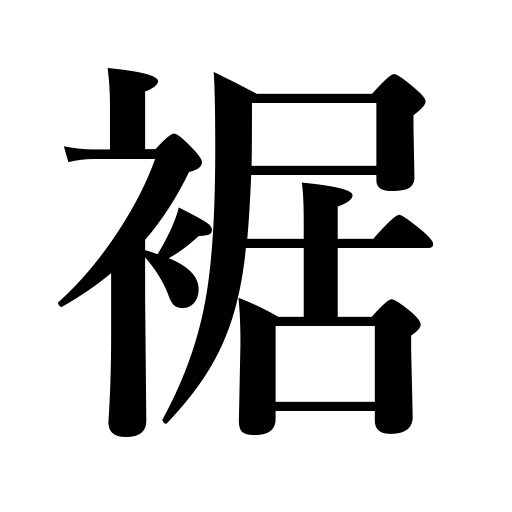
Meanings: cuffof trousers,hem of a skirt,foot of a mountain